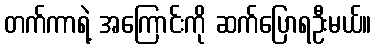
တက်ကာရဲ့ အကြောင်းကို ဆက်ပြောရဦးမယ်။